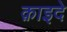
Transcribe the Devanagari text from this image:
क़ाइदे